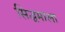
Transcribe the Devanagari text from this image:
सिद्धमाला